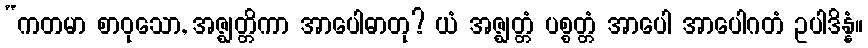
“ကတမာ စာဝုသော, အဇ္ဈတ္တိကာ အာပေါဓာတု? ယံ အဇ္ဈတ္တံ ပစ္စတ္တံ အာပေါ အာပေါဂတံ ဥပါဒိန္နံ။